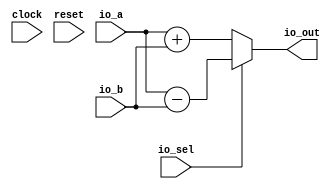
module add(
  input        clock,
  input        reset,
  input  [3:0] io_a,
  input  [3:0] io_b,
  input        io_sel,
  output [3:0] io_out
);
  wire [3:0] _res_T_1 = io_a + io_b; // @[add.scala 14:30]
  wire [3:0] _res_T_3 = io_a - io_b; // @[add.scala 15:30]
  wire [3:0] _GEN_0 = io_sel ? _res_T_3 : 4'h0; // @[add.scala 13:18 15:22]
  assign io_out = ~io_sel ? _res_T_1 : _GEN_0; // @[add.scala 13:18 14:22]
endmodule